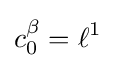
c_{0}^{\beta }=\ell ^{1}